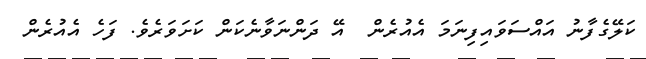
ކަލޭގެފާނު އައްސަވައިފިނަމަ އެއުރެން  އޭ ދަންނަވާނެކަން ކަށަވަރެވެ. ފަހެ އެއުރެން